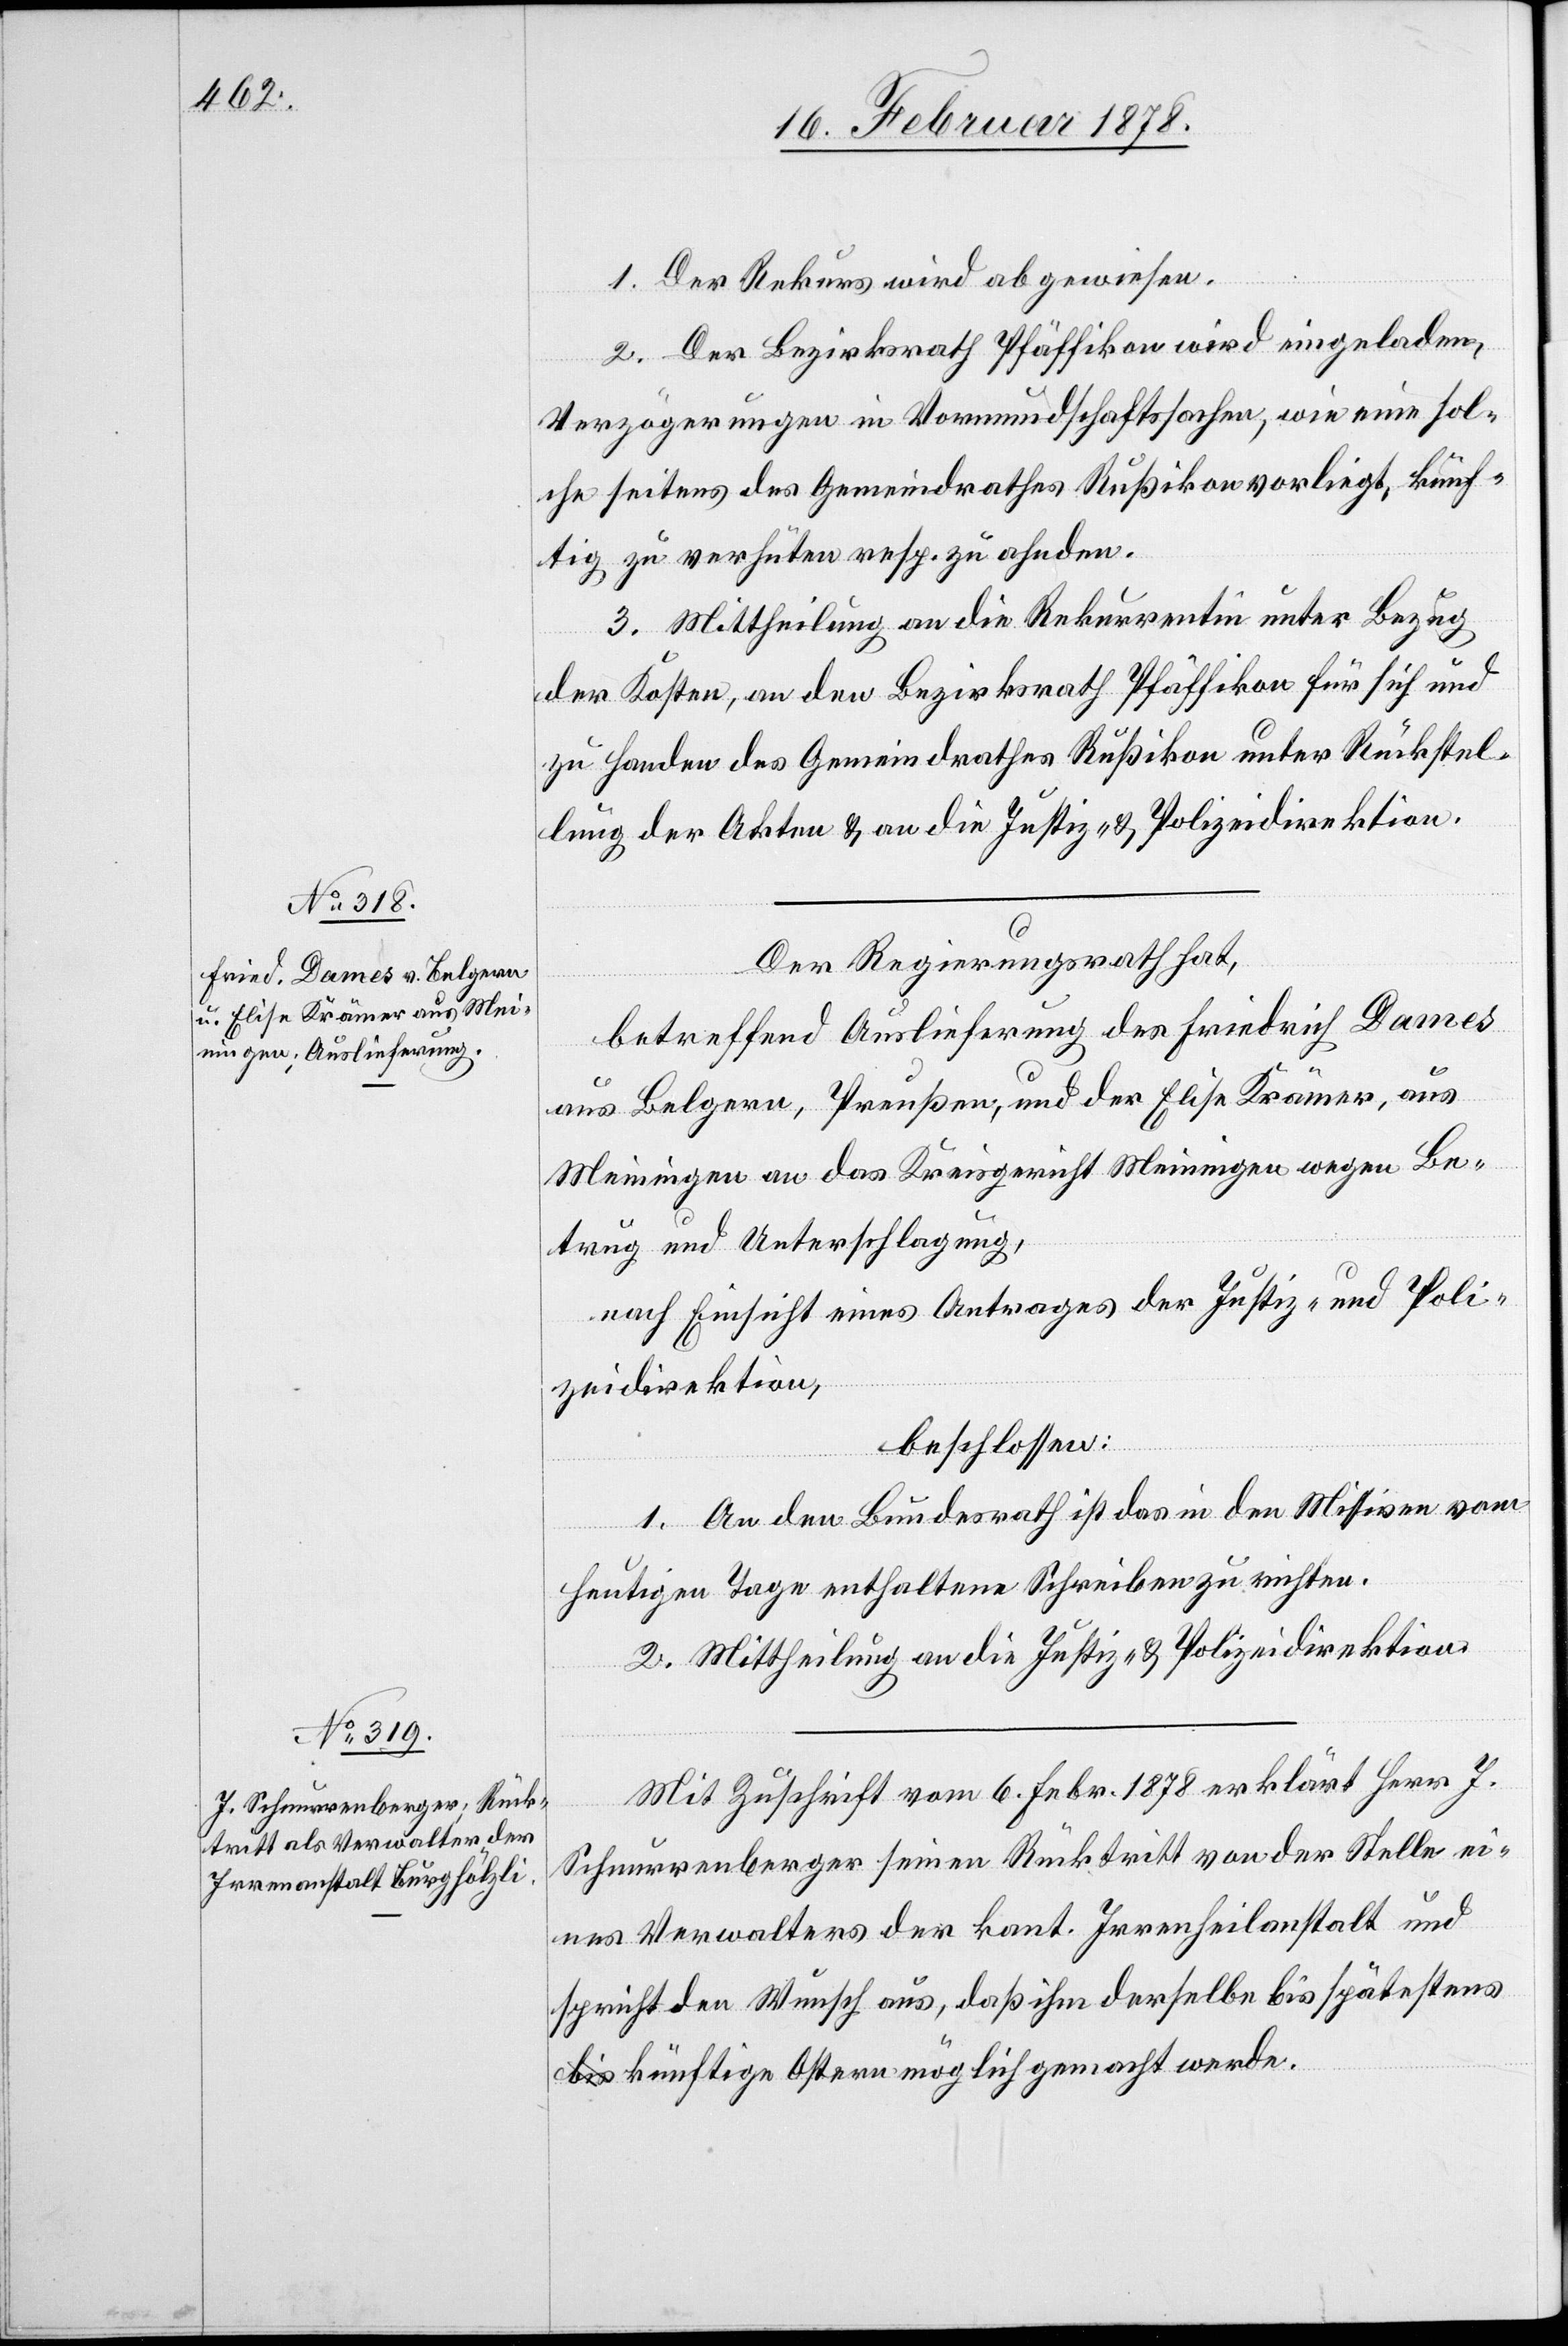
1. Der Rekurs wird abgewiesen.
2. Der Bezirksrath Pfäffikon wird eingeladen,
Verzögerungen in Vormundschaftssachen, wie eine sol¬
che seitens des Gemeindrathes Rußikon vorliegt, künf¬
tig zu verhüten resp. zu ahnden.
3. Mittheilung an die Rekurrentin unter Bezug
der Kosten, an den Bezirksrath Pfäffikon für sich und
zu Handen des Gemeindrathes Rußikon unter Rückstel¬
lung der Akten & an die Justiz- & Polizeidirektion.
Der Regierungsrath hat,
betreffend Auslieferung des Friedrich Dames
aus Belgern, Preußen, und der Elise Krämer, aus
Meiningen an das Kreisgericht Meiningen wegen Be¬
trug und Unterschlagung,
nach Einsicht eines Antrages der Justiz- und Poli¬
zeidirektion,
beschlossen:
1. An den Bundesrath ist das in den Missiven vom
heutigen Tage enthaltene Schreiben zu richten.
2. Mittheilung an die Justiz- & Polizeidirektion.
Mit Zuschrift vom 6. Febr. 1878 erklärt Herr J.
Schnurrenberger seinen Rücktritt von der Stelle ei¬
nes Verwalters der kant. Irrenheilanstalt und
spricht den Wunsch aus, daß ihm derselbe bis spätestens
künftige Ostern möglich gemacht werde.